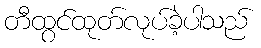
တီထွင်ထုတ်လုပ်ခဲ့ပါသည်